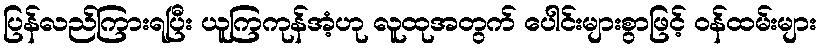
ပြန်လည်ကြားရပြီး ယူကြကုန်အံ့ဟု လူထုအတွက် ပေါင်းများစွာဖြင့် ဝန်ထမ်းများ